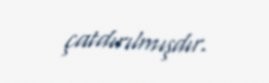
çatdırılmışdır.